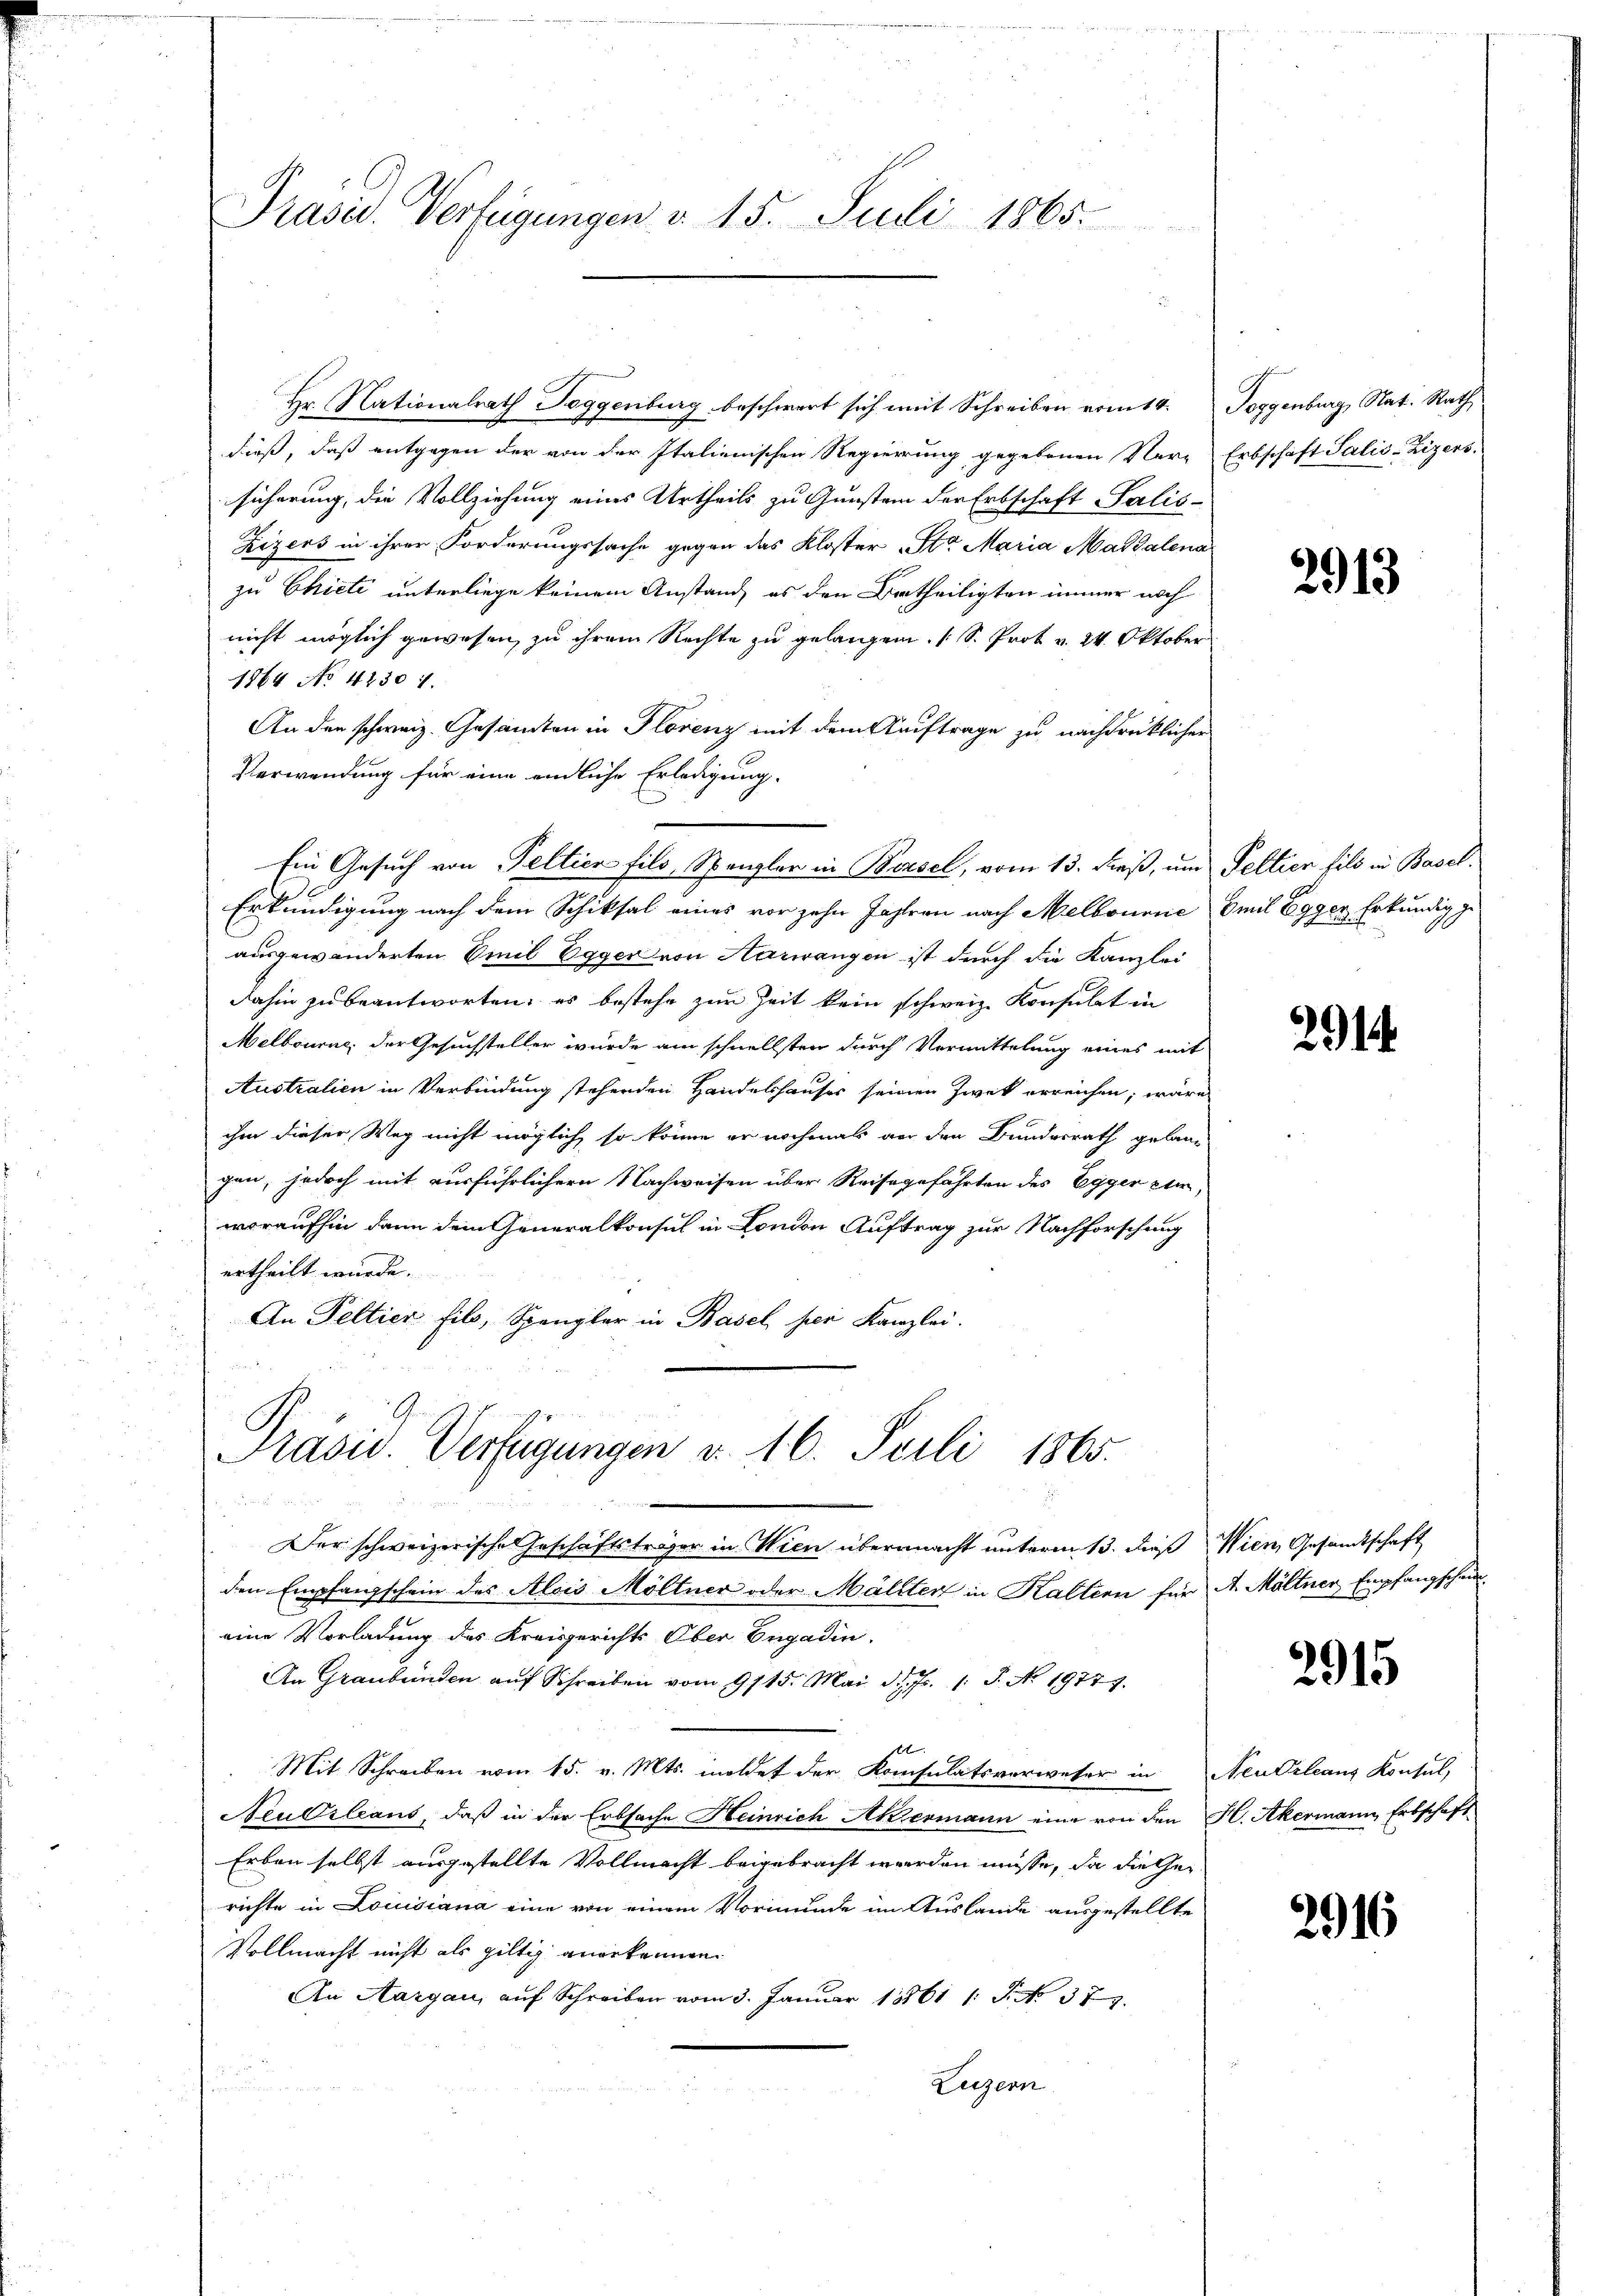
Prasis. Verfügungen d. 15. Juli 1865.

dieß, daß entgegen der von der Italienischen Regierung gegebenen Ner-
sicherung, die Vollziehung eines Urtheils zu Gunsten der Erbschaft Salis-
Zizers in ihrer Forderungssache gegen das Kloster St. Maria Magdalena
zu Chiete unterliege keinem Anstand, es den Betheiligten immer noch
nicht möglich gewesen, zu ihrem Rechte zu gelangen. (S. Prok v. 24. Oktober
1864 No 42301.
An den schweiz. Gesamten in Florenz mit dem Auftrage zu nachdrücklicher
Verwendung für eine endliche Erledigung.
Erkundigung nach dem Schiksal eines vor zehn Jahren nach Melbourne Emil Egger Erkundig ge
ausgewänderten Emil Egger von Aarwangen ist durch die Kanzlei
dahin zu beantworten; es bestehe zur Zeit kein schweiz. Konsulat in
Melbourne; der Gesuchsteller wurde am schnellsten durch Vermittelung eines mit
Australien in Verbindung stehenden Handelshauses seinen Zwek erreichen, wäre
ihm dieser Weg nicht möglich, so könne er nochmal an den Bundesrath gelang
gen, jedoch mit verführlichern Nachweisen über Reisegefährten des Egger Eier,
woraufhin dann dem Generalkonsul in London Auftrag zur Nachforschung
ertheilt wurde.
An Peltier fils, Spengler in Basel ser Kanzlei.

Ein Gesuch von Pellien filo, Spengler in Bersel, vom 13. dieß, um Peltier fils in Basel¬

Präsid. Verfügungen v. 16. Seili 1865.
2 Bogene

Hr. Nationalrath Toggenburg beschwert sich mit Schreiben vom 14. Toggenburg, Nat. Rath

Der schweizerische Geschäftsträger in Wien übermacht unterm 13. dieß Wien, Gesandtschaft
den Empfangschein des Alois Möltner oder Mäliter in Kaltern für A. Möltner Empfangschein
eine Vorladung des Kreisgerichts Ober Engadin,
An Graubünden aŭf Schreiben vom 9115. Mai d. Js. 1 S. No. 19779.
Mit Schreiben vom 15. v. Mts. meldet der Konsulatsverweser in Neutrleans Konsul,
Neu Orleans, daß in der Erbsache Heinrich Akermann eine von den H. Akermann Erbschaft
Erben selbst ausgestellte Vollmacht beigebracht werden müsse, da die Gerichte in Louisiana eine von einem Vormunde im Auslande ausgestellte
Vollmacht nicht als giltig anerkennen.
An Aargau, auf Schreiben vom 3. Januar 1861 1 S. No. 377.
Luzern
n

Erbschaft Salis-Lizers.

2913

2914

2915

2916